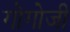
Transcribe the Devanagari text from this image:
गोगोजी